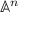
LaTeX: \mathbb { A } ^ { n }